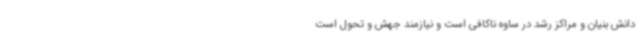
دانش بنیان و مراکز رشد در ساوه ناکافی است و نیازمند جهش و تحول است